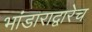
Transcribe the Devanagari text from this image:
भांडाराद्वारेच